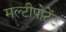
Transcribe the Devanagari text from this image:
मल्टीपोटेंट